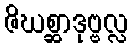
ဇိဃစ္ဆာဒုဗ္ဗလ္လ